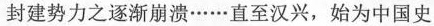
封建势力之逐渐崩溃……直至汉兴，始为中国史